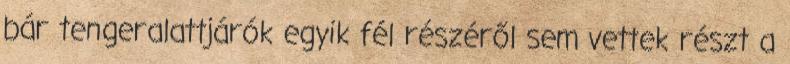
bár tengeralattjárók egyik fél részéről sem vettek részt a